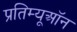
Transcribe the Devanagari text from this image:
प्रतिम्यूऑन